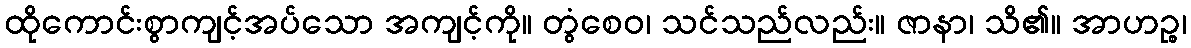
ထိုကောင်းစွာကျင့်အပ်သော အကျင့်ကို။ တွံစေဝ၊ သင်သည်လည်း။ ဇာနာ၊ သိ၏။ အာဟဉ္စ၊